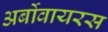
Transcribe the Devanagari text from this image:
अर्बोवायरस